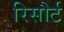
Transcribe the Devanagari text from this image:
रिसौर्ट